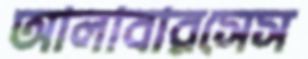
আলাবারসেস